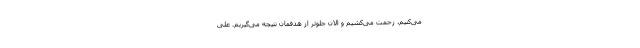
می‌کنیم، زحمت می‌کشیم و الان جلوتر از هدفمان نتیجه می‌گیریم. علی